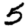
Digit: 5